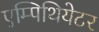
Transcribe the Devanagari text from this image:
एम्पिथियेटर